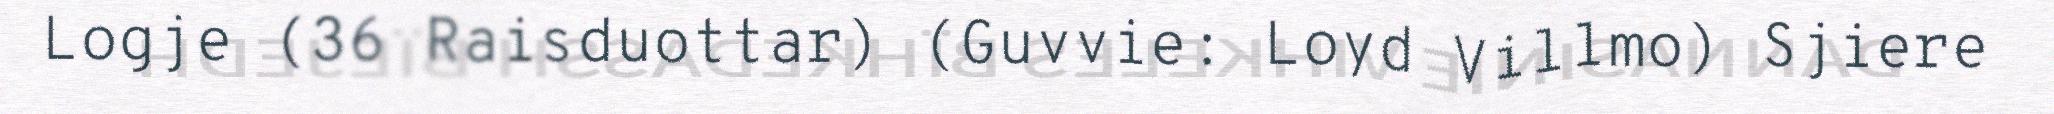
Logje (36 Raisduottar) (Guvvie: Loyd Villmo) Sjiere